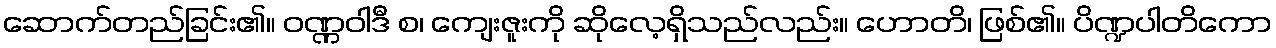
ဆောက်တည်ခြင်း၏။ ဝဏ္ဏဝါဒီ စ၊ ကျေးဇူးကို ဆိုလေ့ရှိသည်လည်း။ ဟောတိ၊ ဖြစ်၏။ ပိဏ္ဍပါတိကော